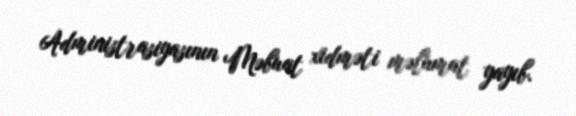
Administrasiyasının Məbuat xidməti məlumat yayıb.